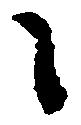
々